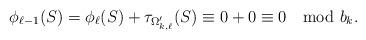
LaTeX: \begin{align*}\phi_{\ell-1}(S) = \phi_{\ell}(S) + \tau_{\Omega'_{k,\ell}} (S) \equiv 0 +0 \equiv 0 \mod{b_k}.\end{align*}